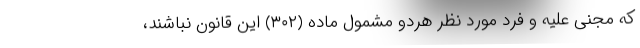
که مجنی علیه و فرد مورد نظر هردو مشمول ماده (۳۰۲) این قانون نباشند،